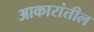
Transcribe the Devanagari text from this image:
आकारांतील